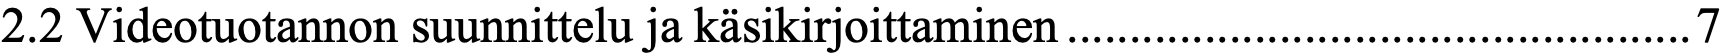
2.2 Videotuotannon suunnittelu ja käsikirjoittaminen..................................................7